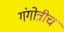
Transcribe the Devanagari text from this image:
गंगोत्रीच